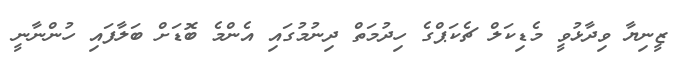
ޒީނިޔާ ވިދާޅުވީ މެޑިކަލް ޗެކަޕްގެ ހިދުމަތް ދިނުމުގައި އެންމެ ބޮޑަށް ބަލާފައި ހުންނާނީ